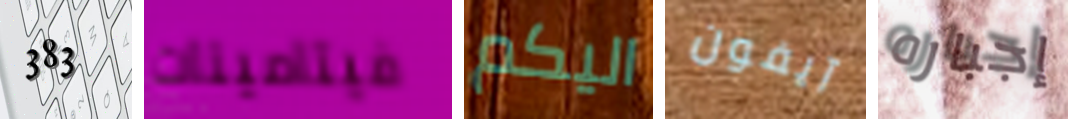
383 فيتامينات اليكم آيفون إجباره